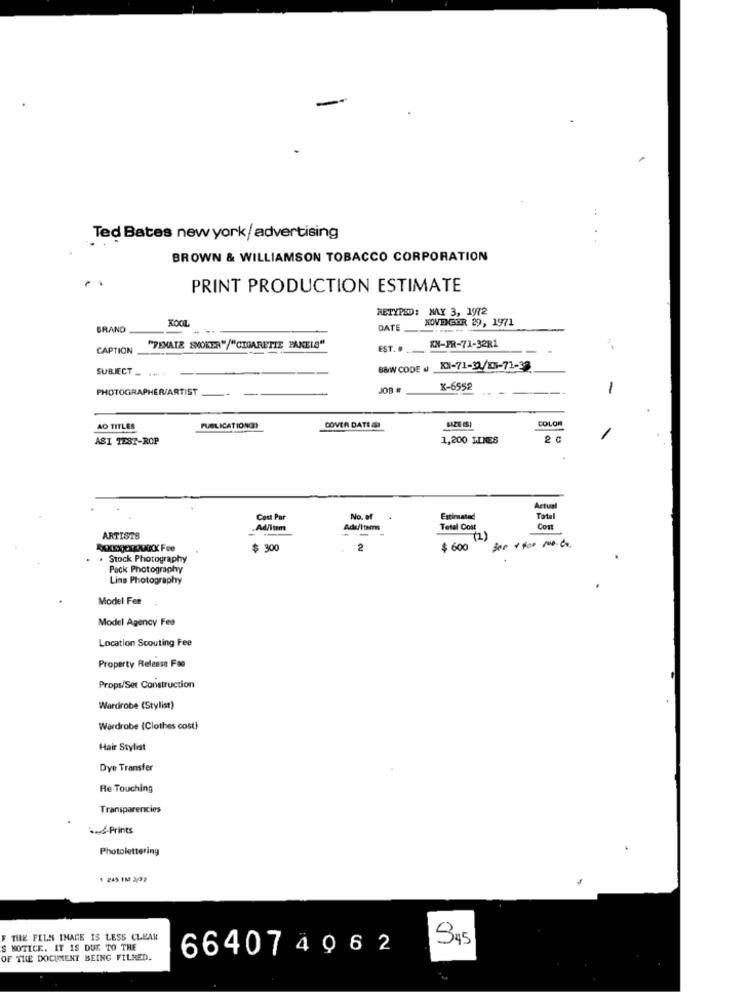
Ted Bates new york/ advertising
BROWN & WILLIAMSON TOBACCO CORPORATION
PRINT PRODUCTION ESTIMATE
RETYPED: MAY 3, 1972
KOOL
NOVEMBER 29, 1971
BRAND
DATE
CAPTION
"FEMALE SMOKER"/"CIGARETIE PANELS"
EST. .
XX-PR-71-32R1
SUBJECT _
B&W CODE . XX-71-2/01-71-38
PHOTOGRAPHER/ARTIST
X-6552
-
COLOR
AO TITLES
PUBLICATIONS
COVER DATE I
SIZE CS
ASI TEST-ROP
1,200 ILNES
2 c
Actual
Cost Par
No. of
Estimated
Total
.Ad/Item
Adultsms
Total Cost
Com
ARTISTS
$ 300
2
$ 600
3.0 + 400 mo.co.
Stock Photography
Pack Photography
Line Photography
Model Fer
Model Agency Fee
Location Scouting Fee
Property Release Fae
Props/Set Construction
Wardrobe (Stylist)
Wardrobe {Clothes cost)
Hair Stylist
Dye Transfer
Re-Touching
Transparencies
-e-Prints
Photolettering
1 245 1M 2/92
F THE FILM IMAGE IS LESS CLEAR
S NOTICE. IT IS DUE TO THE
664074962
945
OF THE DOCUMENT BEING FILMED.